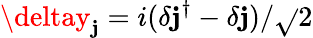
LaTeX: \deltay_{\mathbf{j}}=i(\delta\mathbf{j}^{\dagger}-\delta\mathbf{j})/\sqrt{}{{2}}